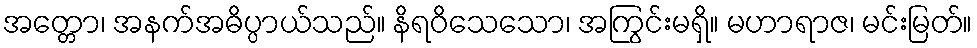
အတ္တော၊ အနက်အဓိပ္ပာယ်သည်။ နိရဝိသေသော၊ အကြွင်းမရှိ။ မဟာရာဇ၊ မင်းမြတ်။